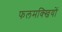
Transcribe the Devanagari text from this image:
फलमक्खियों